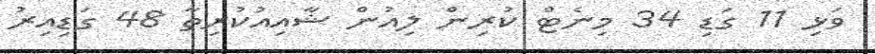
ވަޅި 11 ގަޑި 34 މިނެޓް ކުރިން ލިއުން ޝާއިއުކުރިތާ 48 ގަޑިއިރު